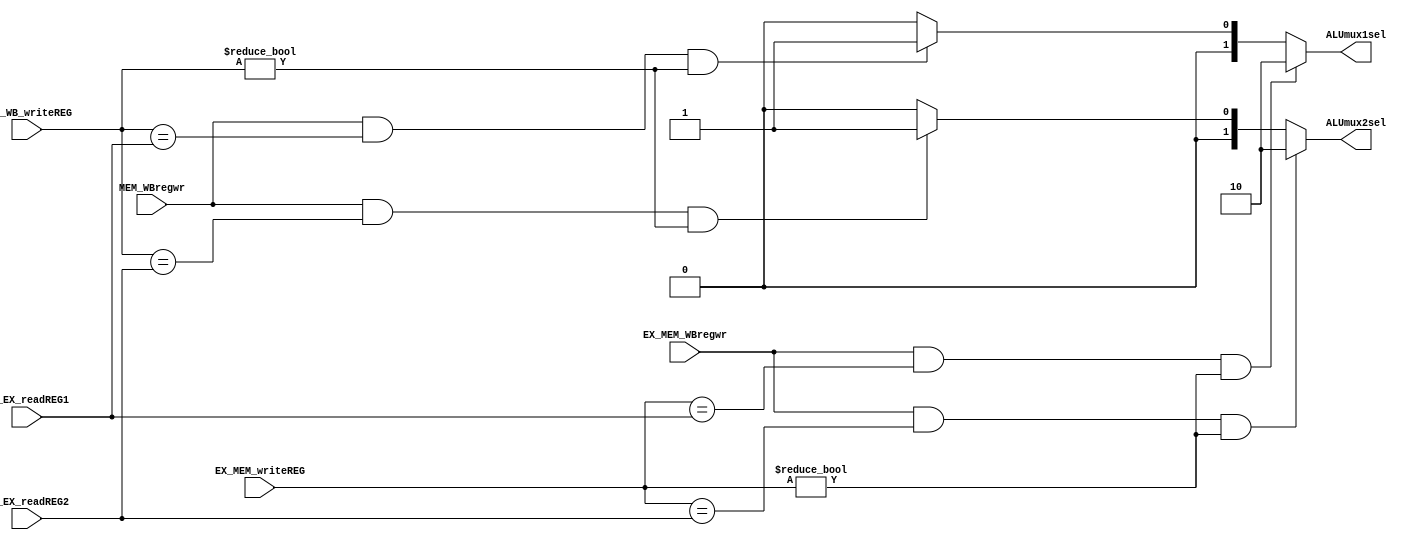
`timescale 1ns / 1ps
module FU(ID_EX_readREG1, ID_EX_readREG2,MEM_WB_writeREG,EX_MEM_writeREG,
EX_MEM_WBregwr,MEM_WBregwr,ALUmux1sel,ALUmux2sel);
input [2:0] ID_EX_readREG1, ID_EX_readREG2, EX_MEM_writeREG, MEM_WB_writeREG;
input EX_MEM_WBregwr,MEM_WBregwr;
output reg [1:0] ALUmux1sel,ALUmux2sel;

always@(*)
begin
	if(EX_MEM_WBregwr && (EX_MEM_writeREG==ID_EX_readREG1) && (EX_MEM_writeREG!=0))
	ALUmux1sel=2'b10;
	else if(MEM_WBregwr && (MEM_WB_writeREG==ID_EX_readREG1) && (MEM_WB_writeREG!=0))
	ALUmux1sel=2'b01;
	else
	ALUmux1sel=2'b00;
	
	
	if(EX_MEM_WBregwr && (EX_MEM_writeREG==ID_EX_readREG2) && (EX_MEM_writeREG!=0))
	ALUmux2sel=2'b10;
	else if(MEM_WBregwr && (MEM_WB_writeREG==ID_EX_readREG2) && (MEM_WB_writeREG!=0))
	ALUmux2sel=2'b01;
	else
	ALUmux2sel=2'b00;
end


endmodule